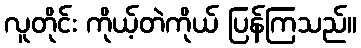
လူတိုင်း ကိုယ့်တဲကိုယ် ပြန်ကြသည်။